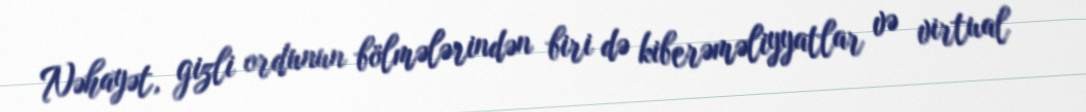
Nəhayət, gizli ordunun bölmələrindən biri də kiberəməliyyatlar və virtual